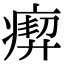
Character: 𤸞